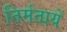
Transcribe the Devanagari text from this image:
निर्मतायें